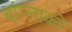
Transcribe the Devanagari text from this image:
बांग्लाको